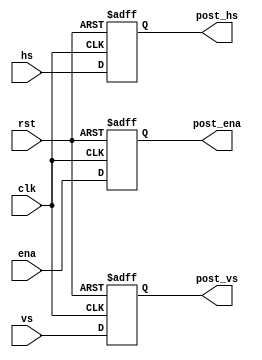
module delay_nclk
#(
	parameter N = 1 	//延迟多少个clk
)
(
	input clk,
	input rst,
    input hs,
    input vs,
    input ena,
    output post_hs,
    output post_vs,
    output post_ena
    );
		
	reg [N - 1:0] ena_r;
	reg [N - 1:0] vs_r;
	reg [N - 1:0] hs_r;
	always@(posedge clk or posedge rst)
	begin
		if(rst)
		begin
			ena_r <= 0;
			vs_r <= 0;
			hs_r <= 0;
		end
		else
		begin
			ena_r <= {ena_r[N - 2:0],ena};
			vs_r <= {vs_r[N - 2:0],vs};
			hs_r <= {hs_r[N - 2:0],hs};
		end
	end
	
	assign post_hs = hs_r[N - 1];
	assign post_vs = vs_r[N - 1];
	assign post_ena = ena_r[N - 1];
	
endmodule